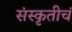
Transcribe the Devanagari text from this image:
संस्कृतीचं